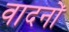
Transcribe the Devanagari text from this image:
वादनों